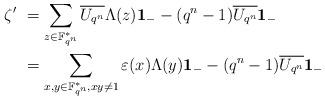
LaTeX: \begin{align*}\zeta' &\ =\sum_{z\in \mathbb{F}^*_{q^n}}\overline{U_{q^n}} \Lambda(z){\bf 1}_{-} - (q^n-1) \overline{U_{q^n}}{\bf 1}_{-}\\&\ =\sum_{x,y\in \mathbb{F}^*_{q^n}, xy\ne 1} \varepsilon(x)\Lambda(y) {\bf 1}_{-} -(q^n-1) \overline{U_{q^n}}{\bf 1}_{-}\end{align*}